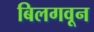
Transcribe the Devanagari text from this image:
बिलगवून